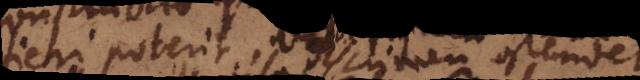
fieri poterit, discrimen ostendet